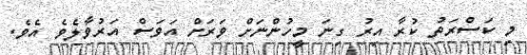
މި ކަސްރަތު ކުރާ އިރު ގިނަ މީހުންނަށް ވަރަށް އަވަސް އަރުވާލެވެ އެވެ.